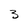
Character: 3